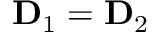
\mathbf { D } _ { 1 } = \mathbf { D } _ { 2 }